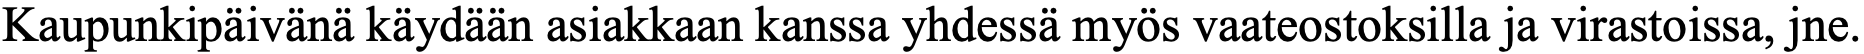
Kaupunkipäivänä käydään asiakkaan kanssa yhdessä myös vaateostoksilla ja virastoissa, jne.